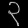
Digit: ၃